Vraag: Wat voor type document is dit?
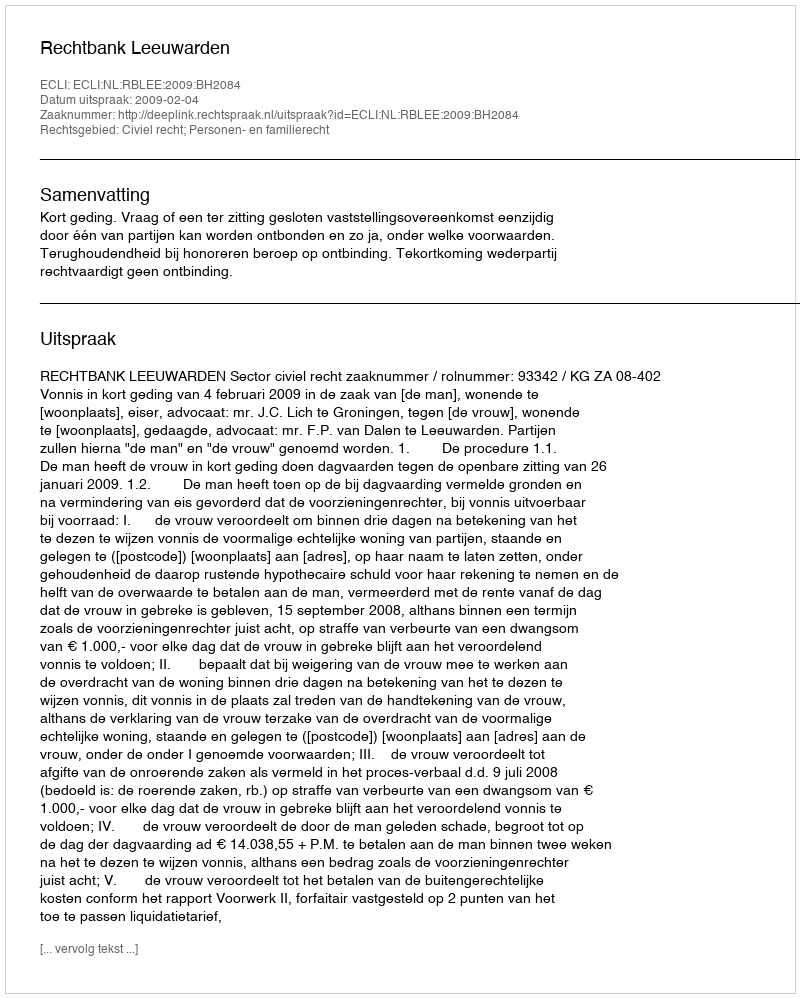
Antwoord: Uitspraak